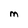
Character: M